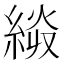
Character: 𰫭